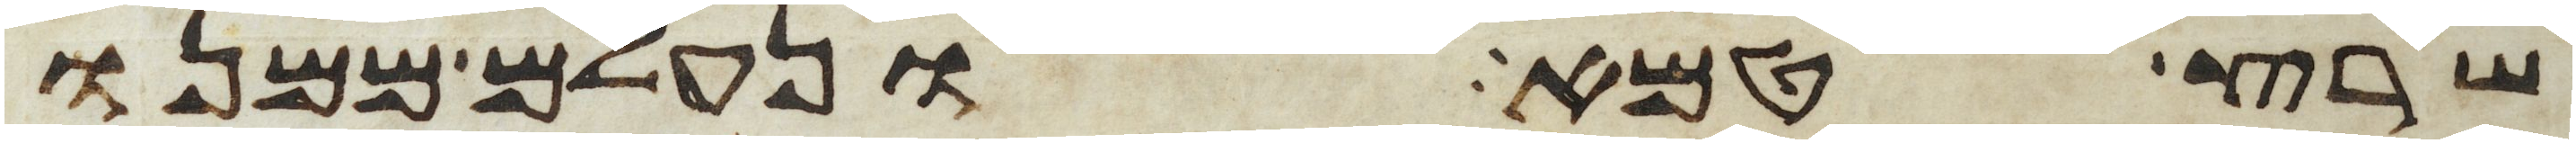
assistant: שרץ טמא ונעלם ממנו